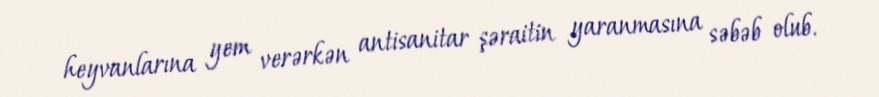
heyvanlarına yem verərkən antisanitar şəraitin yaranmasına səbəb olub.